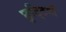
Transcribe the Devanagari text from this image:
छुटि्टयाँ